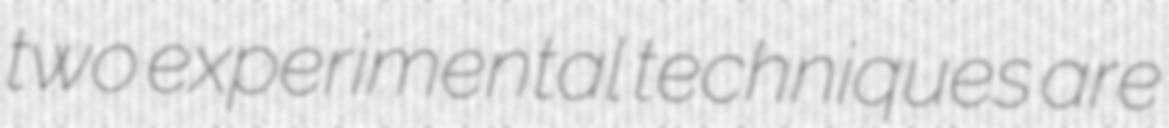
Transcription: two experimental techniques are